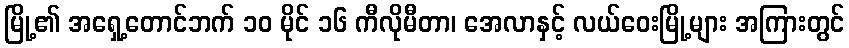
မြို့၏ အရှေ့တောင်ဘက် ၁၀ မိုင် ၁၆ ကီလိုမီတာ၊ အေလာနှင့် လယ်ဝေးမြို့များ အကြားတွင်